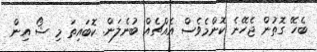
ބެހޭ ގޮތުން ޖެހޭނެ ކޮންމެވެސް އެއްޗެއް ބުނެލަން. ކޮބައިތަ މި ޝޯ އިން